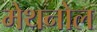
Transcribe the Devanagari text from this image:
मेथनोल